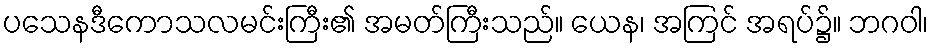
ပသေနဒီကောသလမင်းကြီး၏ အမတ်ကြီးသည်။ ယေန၊ အကြင် အရပ်၌။ ဘဂဝါ၊